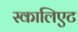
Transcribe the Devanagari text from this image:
स्कालिएट